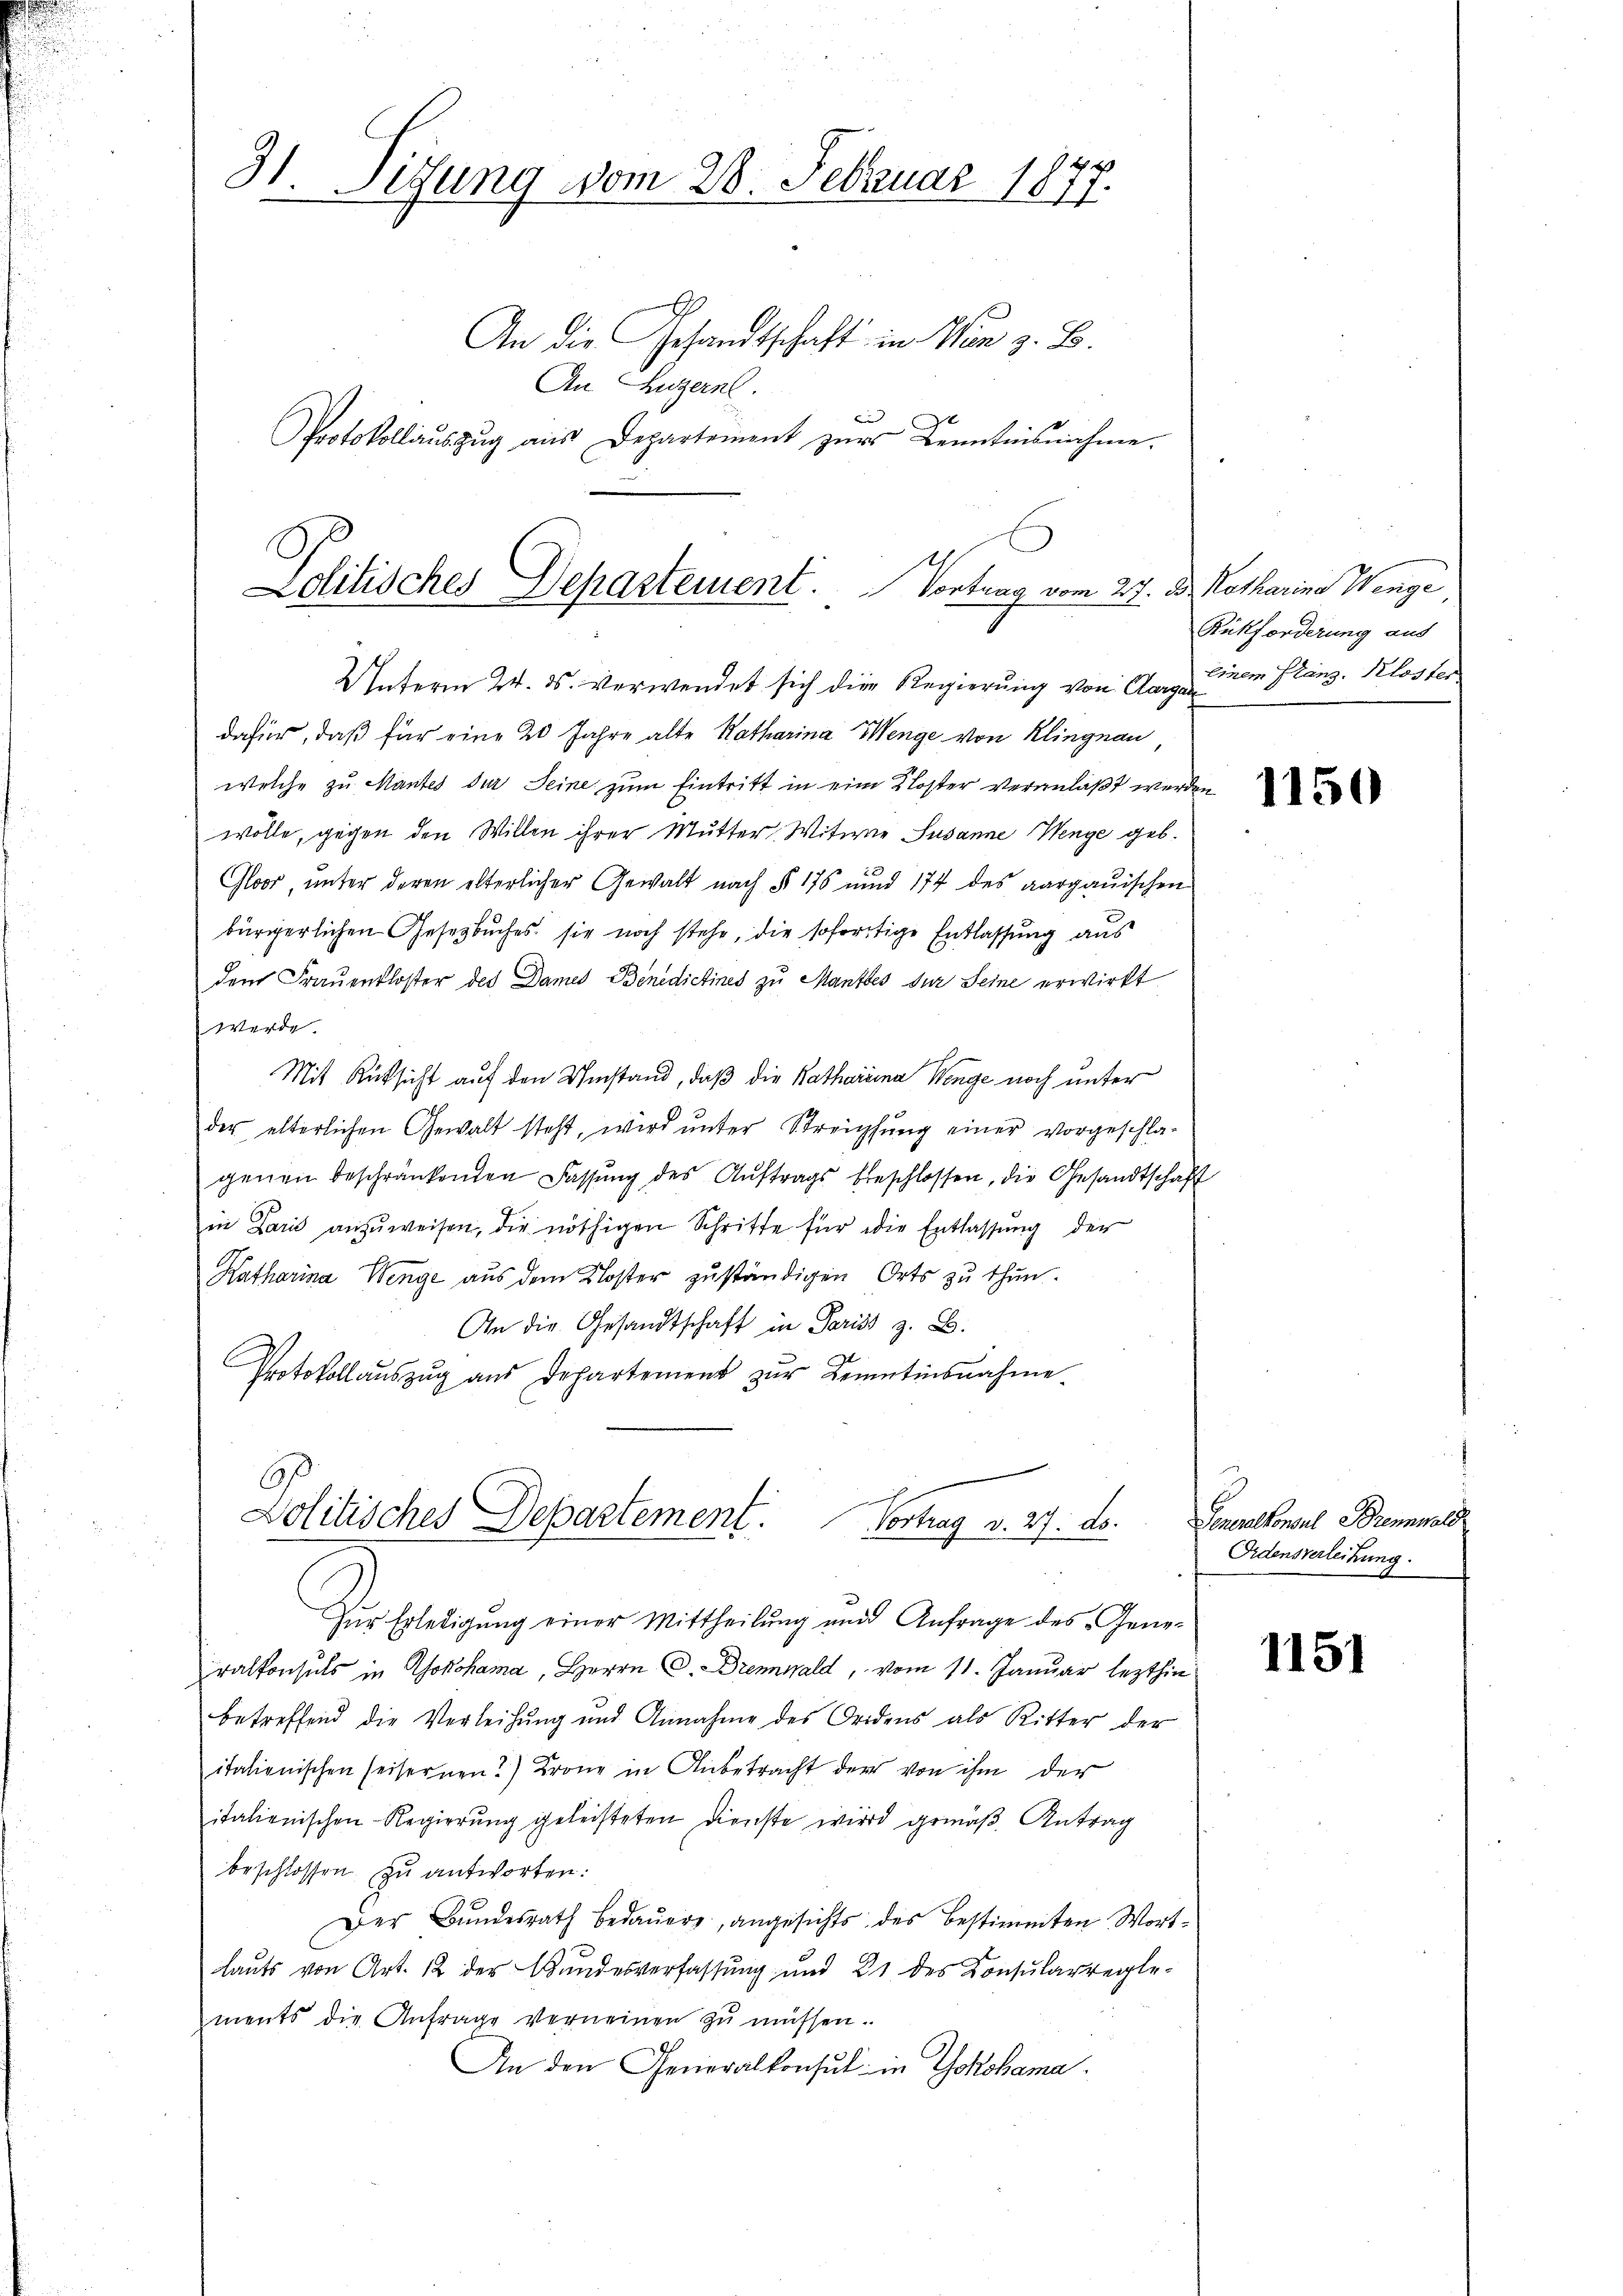
31. Sitzung vom 28. Februar 1877.
An die Gesandtschaft in Wien z. B.
An Luzerne.
Protokollaŭszŭg aŭs Departement zŭr Kenntnisnahme.

Lolitisches Departement. Vortrag vom 27. d. Katharina Wenge
Unterm 24. ds. verwendet sich die Regierung von Aargarem Planz. Kloster

dafür, daß für eine 20 Jahre alte Katharina Menge von Klingnau
welche zu Mantes der Seine zum Eintritt in eine Kloster veranlaßt werden
wolle, gegen den Willen ihrer Mutter Witwe Susanne Wenge geb.
Gloss, unter deren elterlicher Gewalt nach § 176 und 174 des aargauischen
bürgerlichen Gesetzbuches sie noch stehe, die sofortige Entlassung aus
dem Frauenkloster des Dames Benedictines zu Mantes der Seine erwirkt
werde.
Mit Rücksicht auf den Umstand, daß die Katharina Wenge noch unter
der elterlichen Gewalt steht, wird ŭnter Streichŭng einer vorgeschla-
genen beschränkenden Fassŭng des Aŭftrags beschlossen, die Gesandtschaft
in Paris anzuweisen, die nöthigen Schritte für die Entlassung der
Katharina Wenge aus dem Kloster zuständigen Orts zu thun.
An die Gesandtschaft in Pariss z. B.
Protokollauszug aus Departement zur Kenntinsnahme
Politisches Departement. Vortrag d. 27. d.
Zur Erledigung einer Mittheilung und Anfrage des Generalkonsuls in Asokohama, Herrn C. Dremwald, vom 11. Januar lezthin
betreffend die Verleihung und Annahme des Oridens als Ritter der
italienischen seisernen?) Krone in Anbetracht der von ihm der
italienischen Regierung geleisteten Dienste wird gemäß Antrag
beschlossen zu antworten:
Der Bundesrath bedauere, angesichts des bestimmten Wortlauts von Art. 12 der Bundesverfassung und 21 des Konsularregle-
ments die Anfrage verneinen zu müssen.
An den Generalkonsul in Yokohama

Rükforderung aus

1150

Generalkonsul Brennwald
Ordensverleihung.

1151